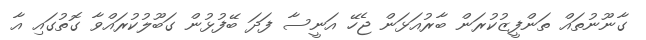
ގާނޫނުތައް ތަންފީޒުކުރަން ބާރުއަޅަން ޖެހޭ އަނީސާ ފަދަ ބޭފުޅުން ގަބޫލުކުރައްވާ ގޮތުގައި އާ